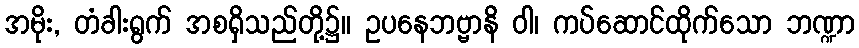
အမိုး, တံခါးရွက် အစရှိသည်တို့၌။ ဥပနေဘဗ္ဗာနိ ဝါ၊ ကပ်ဆောင်ထိုက်သော ဘဏ္ဍာ